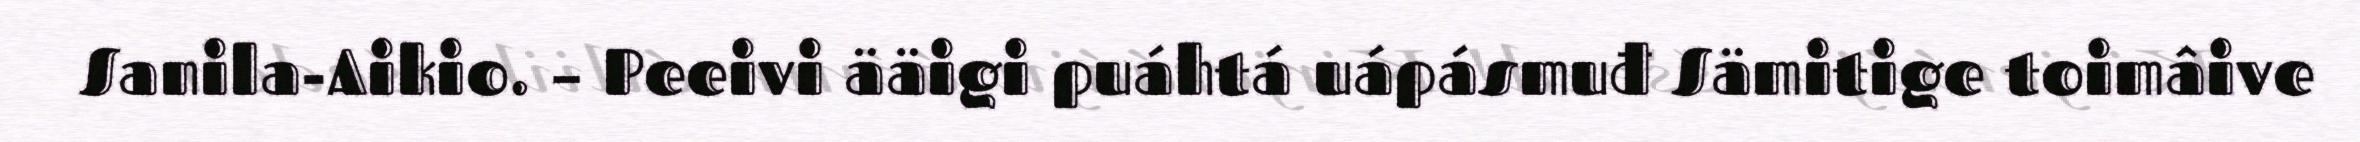
Sanila-Aikio. – Peeivi ääigi puáhtá uápásmuđ Sämitige toimâive